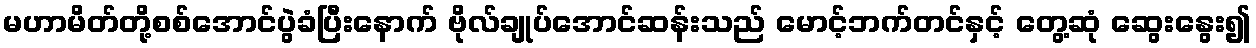
မဟာမိတ်တို့စစ်အောင်ပွဲခံပြီးနောက် ဗိုလ်ချုပ်အောင်ဆန်းသည် မောင့်ဘက်တင်နှင့် တွေ့ဆုံ ဆွေးနွေး၍